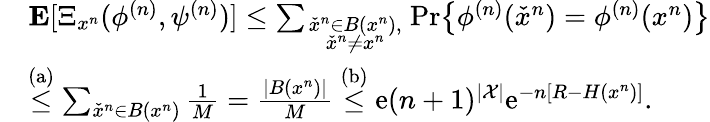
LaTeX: \begin{array}{rl}&{{\mathbf E}[\Xi_{{{{x}^{n}}}}(\phi^{(n)},\psi^{(n)})]\leq\sum_{\scriptstyle{\check{x}^{n}}\in B({{{x}^{n}}}),\atop{\scriptstyle{\check{x}^{n}}\neq{{x}^{n}}}}\operatorname*{Pr}\bigl\{ \phi^{(n)}({\check{x}^{n}})=\phi^{(n)}({{x}^{n}})\bigr\} }\\ &{\stackrel{\mathrm{(a)}}{\leq}\sum_{{\check{x}^{n}}\in B({{x}^{n}})}\frac{1}{M}=\frac{|B({{x}^{n}})|}{M}\stackrel{\mathrm{(b)}}{\leq}\mathrm{e}(n+1)^{|{\cal X}|}\mathrm{e}^{-n[R-H({{{x}^{n}}})]}.}\end{array}